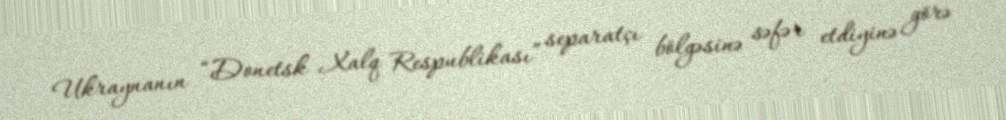
Ukraynanın “Donetsk Xalq Respublikası” separatçı bölgəsinə səfər etdiyinə görə